Liigvalla_vallavalitsus, lk 118
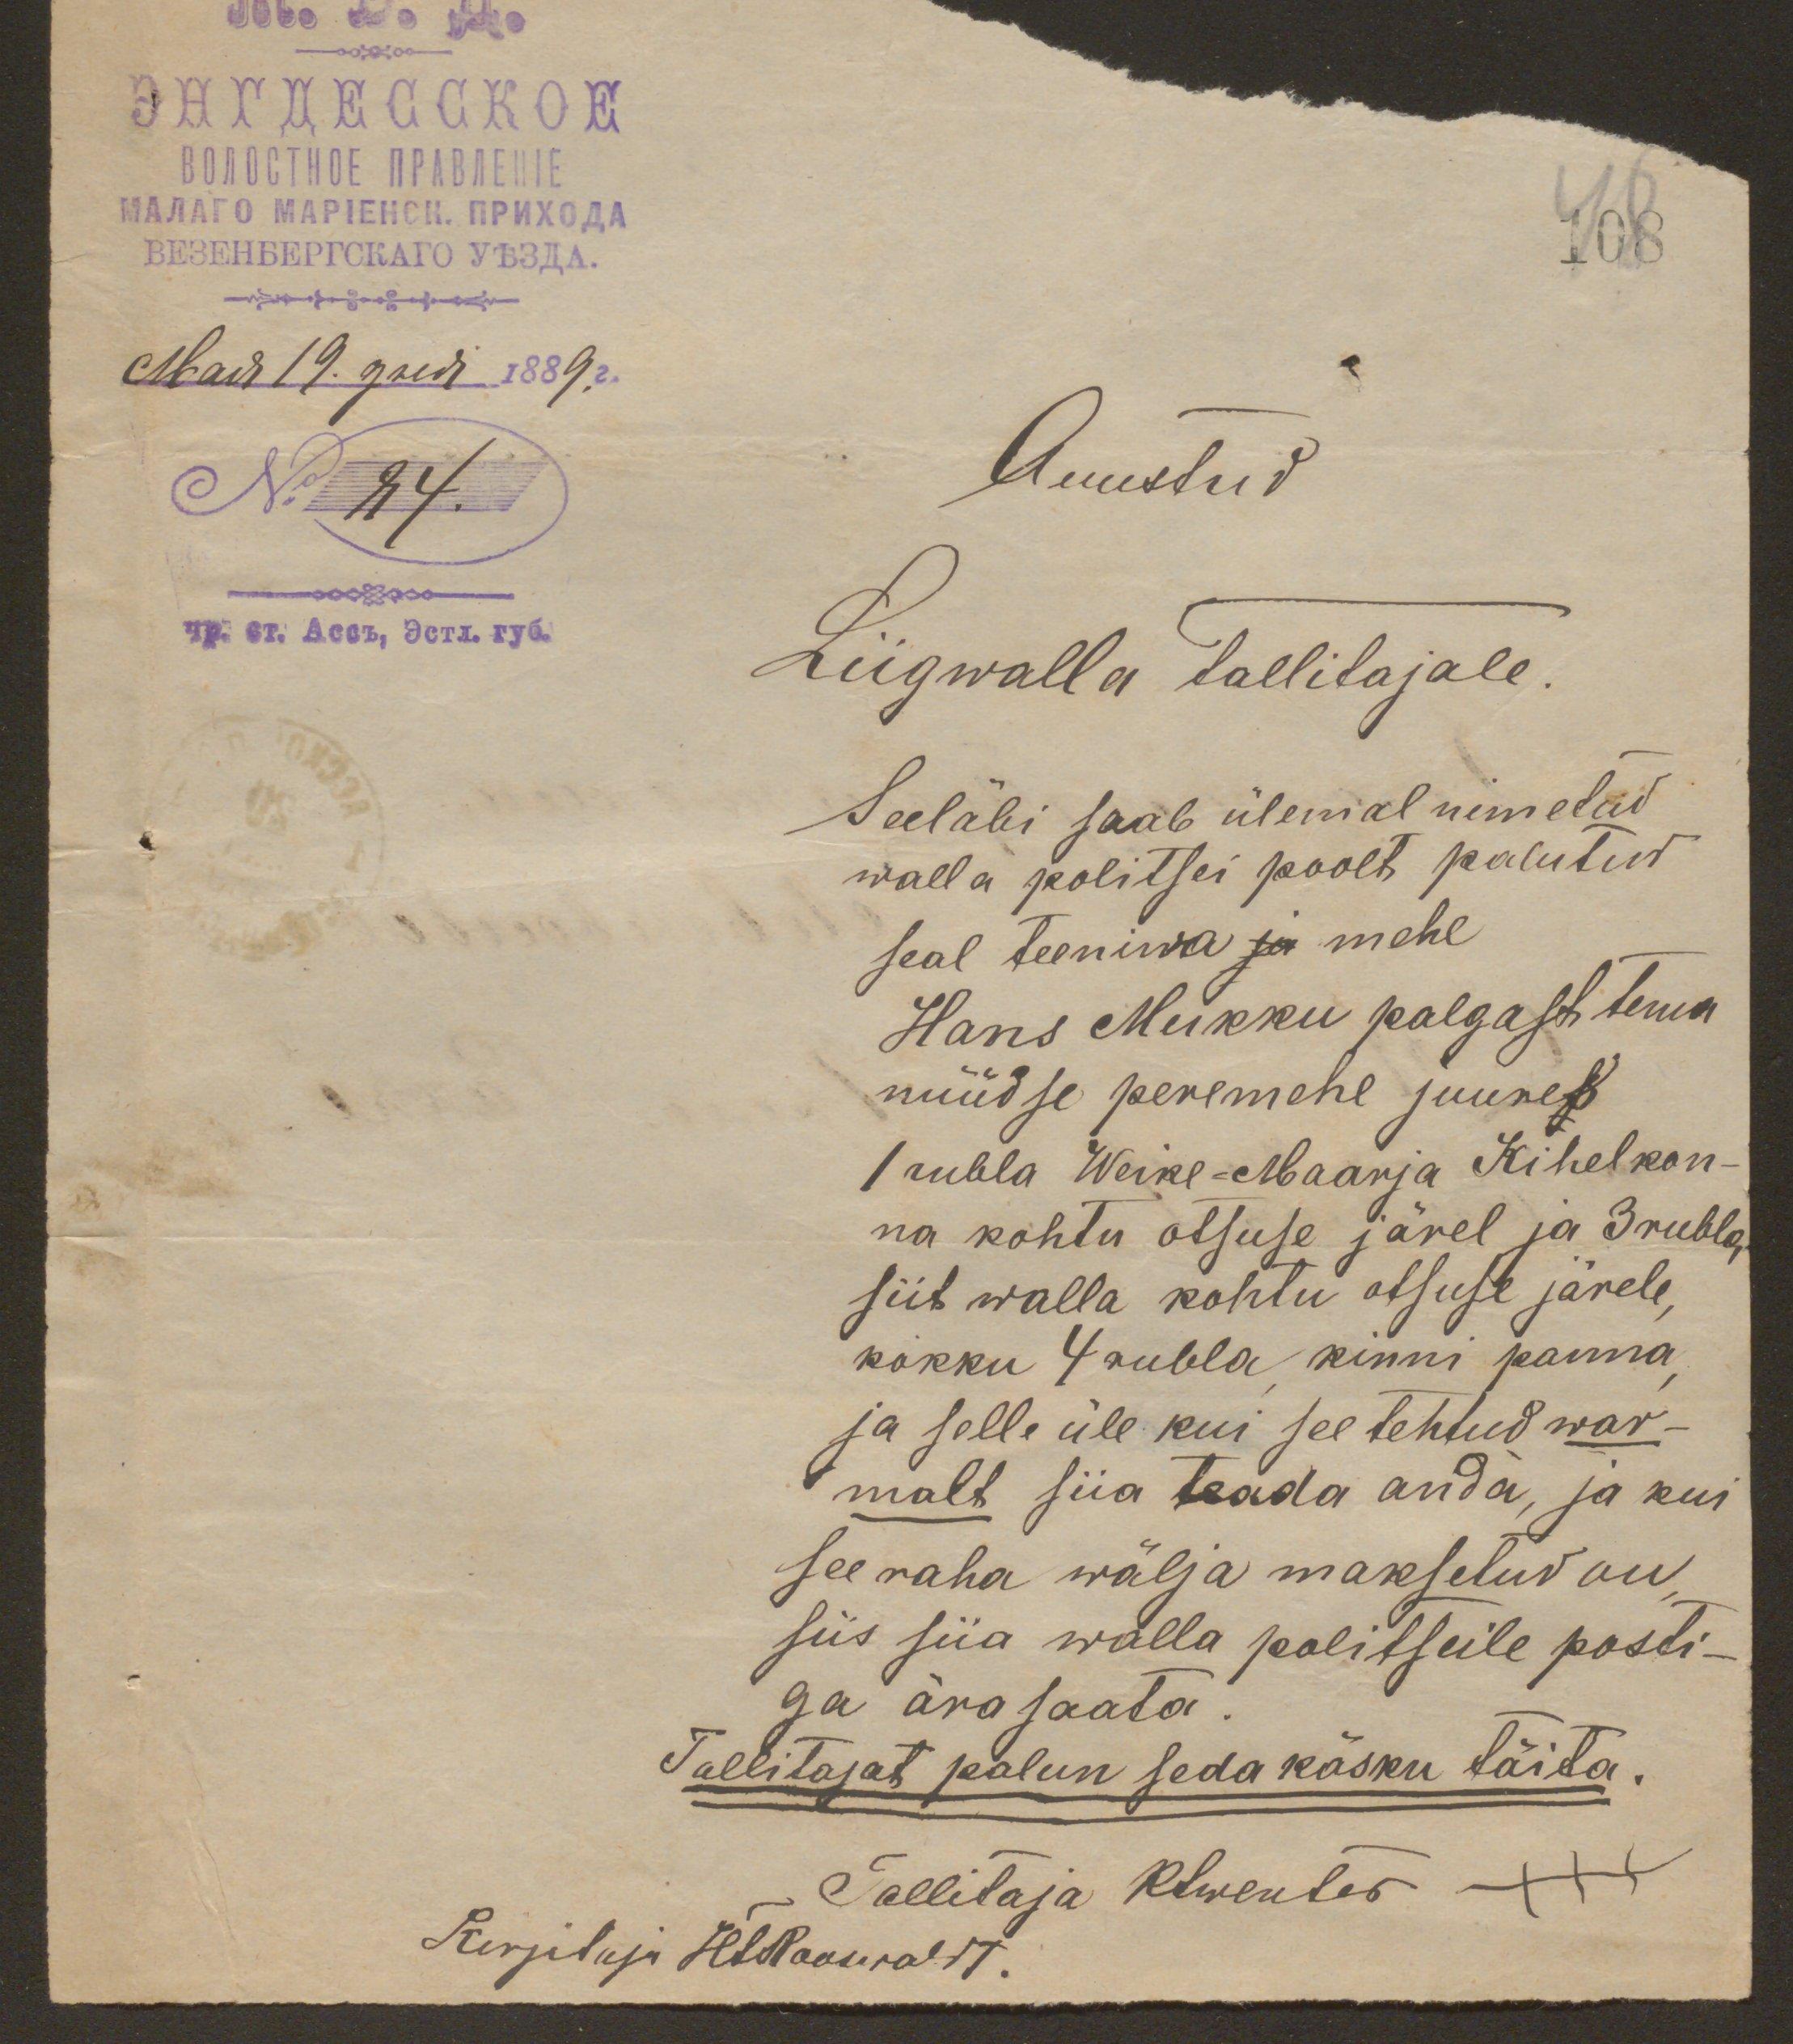
Auustud
Liigwalla Tallitajale.
Seeläbi saab ülemal nimetud
walla politsei poolt palutud
seal teeniwa ja mehe
Hans Mukku palgast tema
nüüdse peremehe juures
1 rubla Weike-Maarja Kihelkon-
na kohtu otsuse järel ja 3 rublga
siit walla kohtu otsuse järele,
kokku 4 rubla, kinni panna,
ja selle üle kui see tehtud war-
malt siia teada anda, ja kui
see raha wälja maksetud on,
siis siia walla politseile posti-
ga ära saata.
Tallitajat palun seda käsku täita.

Tallitaja Rtwenter XXX
Kirjutaja